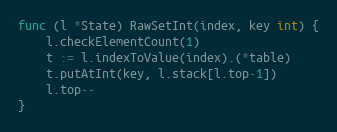
Language: Go
func (l *State) RawSetInt(index, key int) {
	l.checkElementCount(1)
	t := l.indexToValue(index).(*table)
	t.putAtInt(key, l.stack[l.top-1])
	l.top--
}